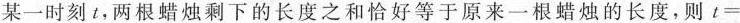
某一时刻t，两根蜡烛剩下的长度之和恰好等于原来一根蜡烛的长度，则t=